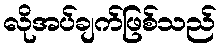
လိုအပ်ချက်ဖြစ်သည်